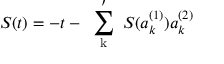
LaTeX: S ( t ) = - t - \mathrm { ~ \sum _ { k } ^ { \prime } ~ } S ( a _ { k } ^ { ( 1 ) } ) a _ { k } ^ { ( 2 ) }